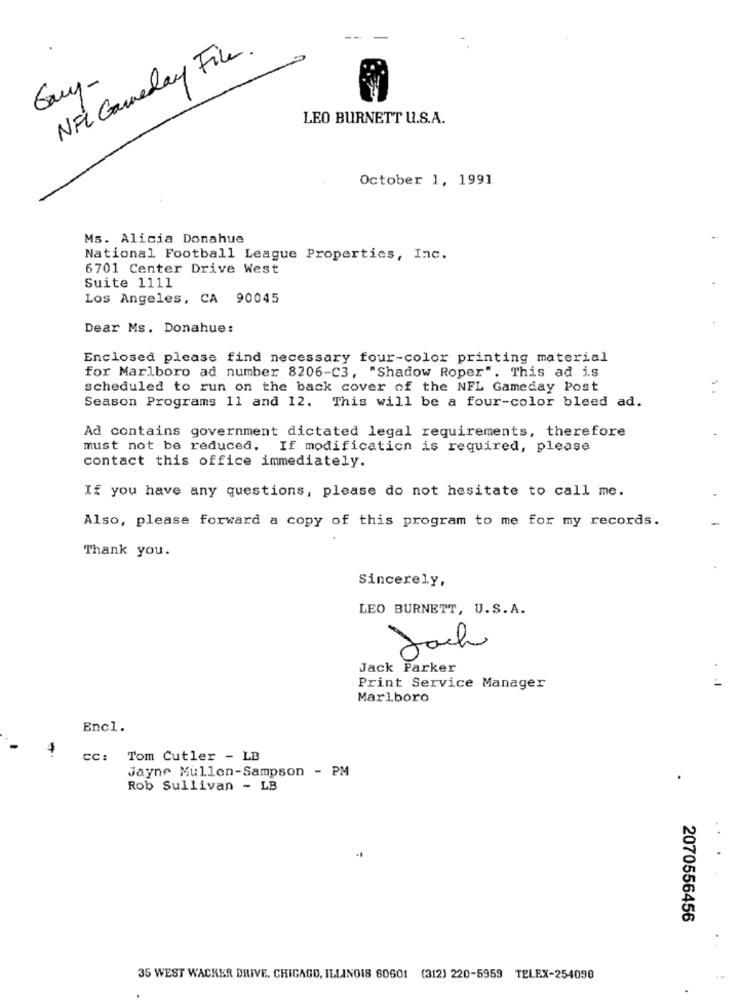
NFL Gameday File.
Guy-
LEO BURNETT U.S.A.
October 1, 1991
Ms. Alicia Donahue
National Football League Properties, Inc.
6701 Center Drive West
Suite 1111
Los Angeles, CA 90045
Dear Ms. Donahue:
Enclosed please find necessary four-color printing material
for Marlboro ad number 8206-C3, "Shadow Roper". This ad is
scheduled to run on the back cover of the NFL Gameday Post
. .
Season Programs 11 and 12. This will be a four-color bleed ad.
Ad contains government dictated legal requirements, therefore
must not be reduced. If modification is required, please
contact this office immediately.
If you have any questions, please do not hesitate to call me.
Also, please forward a copy of this program to me for my records.
Thank you.
Sincerely,
LEO BURNETT, U.S. A.
Jack
Jack Parker
Print Service Manager
Marlboro
Encl.
-
cc: Tom Cutler - LB
Jayne Mullen-Sampson - PM
.
Rob Sullivan - LB
2070556456
35 WEST WACKER DRIVE. CHICAGO, ILLINOIS 60601 (312) 220-5959 TELEX-254090